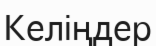
Келіңдер